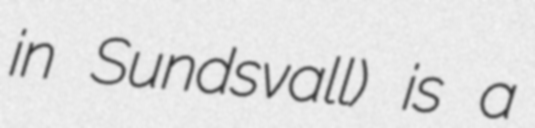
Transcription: in Sundsvall) is a